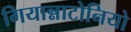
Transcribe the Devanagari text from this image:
गियान्नाटोनियो